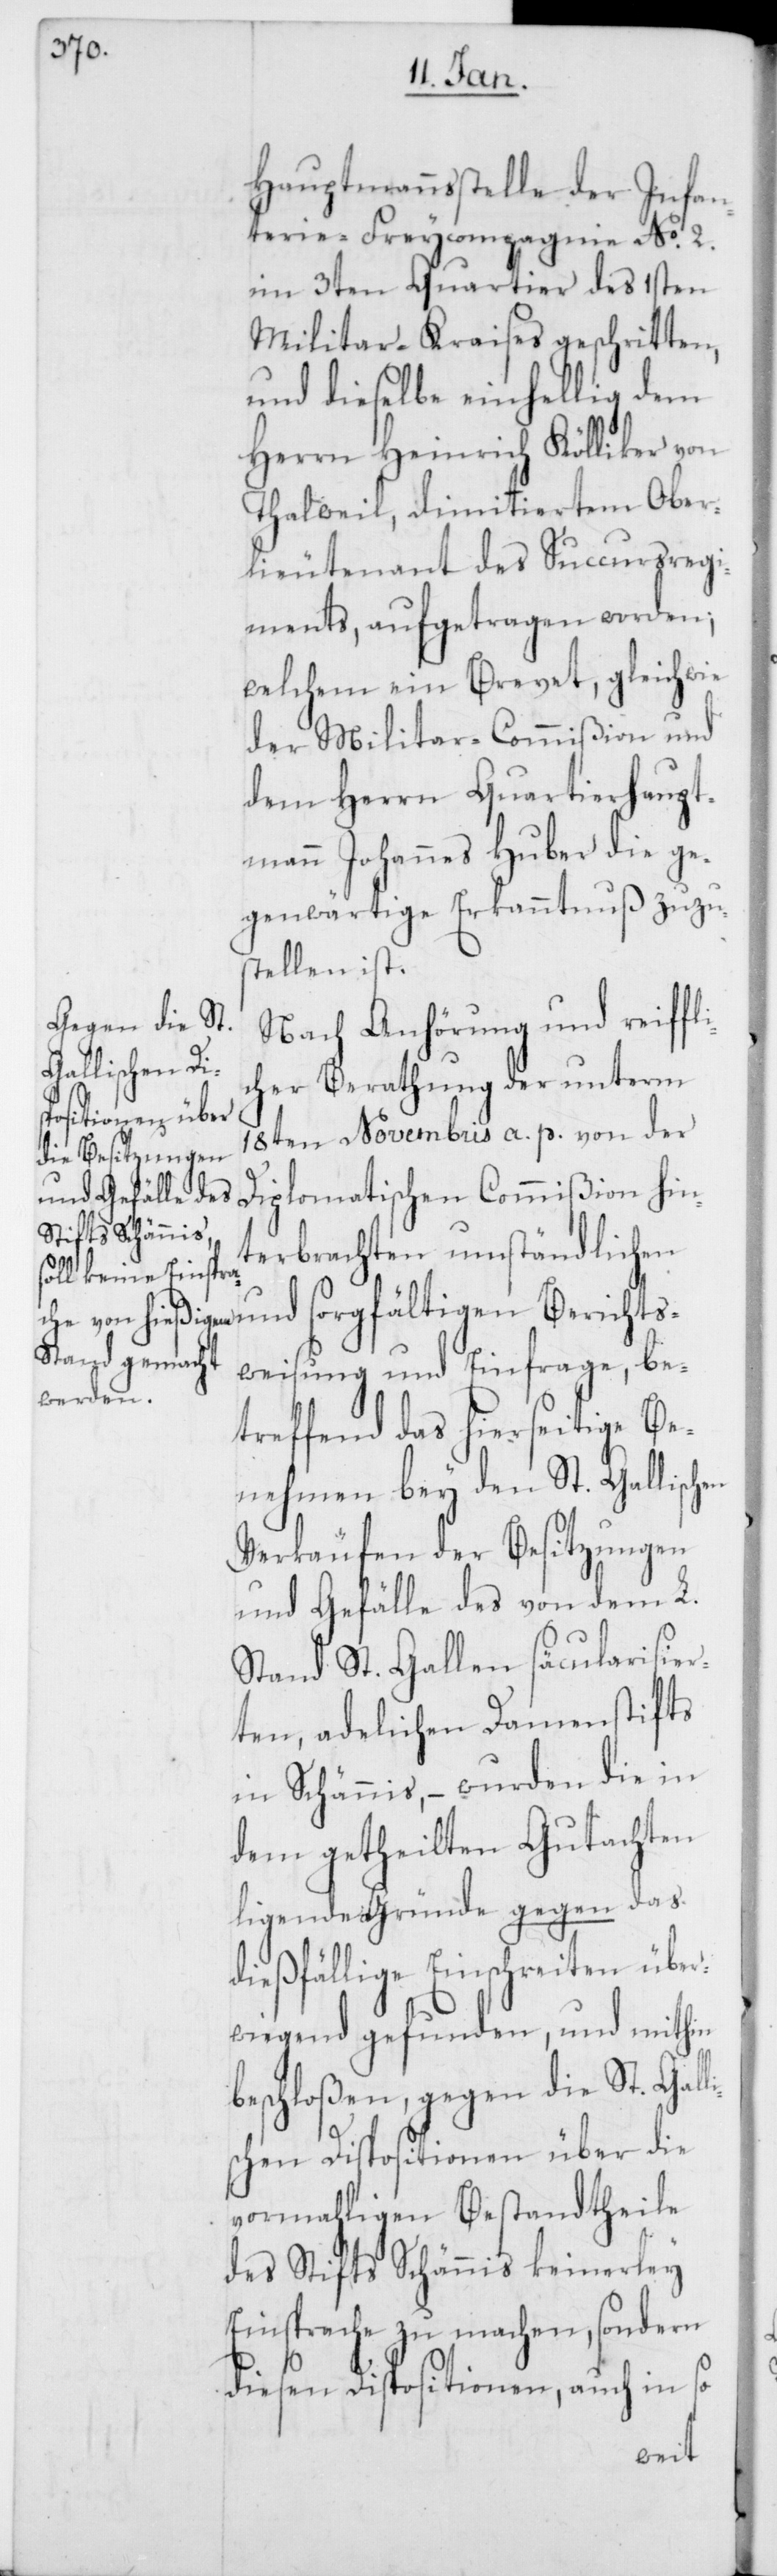
Hauptmannsstelle der Infan¬
terie Freycompagnie No. 2.
im 3ten Quartier des 1sten
Militar-Kraises geschritten,
und dieselbe einhellig dem
Herrn Heinrich Kölliker von
Thalweil, dimitiertem Ober¬
lieutenant des Succursregi¬
ments, aufgetragen worden;
welchem ein Brevet, gleichwie
der Militar-Commißion und
dem Herrn Quartierhaupt¬
mann Johannes Huber die ge¬
genwärtige Erkanntnuß zuzu¬
stellen ist.
Nach Anhörung und reiffli¬
cher Berathung der unterm
18ten Novembris a. p. von der
Diplomatischen Commißion hin¬
terbrachten umständlichen
weisung und Einfrage, be¬
treffend das hierseitige Be¬
nehmen bey den St. Gallischen
Verkäufen der Besitzungen
und Gefälle des von dem L.
Stand St. Gallen säcularisier¬
ten, adelichen Damenstifts
in Schännis, – wurden die in
dem getheilten Gutachten
ligenden Gründen gegen das
dießfällige Einschreiten über¬
wiegend gefunden, und mithin
beschloßen, gegen die St. Gall¬
chen Dispositionen über die
vormahligen Bestandtheile
des Stifts Schännis keinerley
Einsprache zu machen, sondern
diesen Dispositionen, auch in so
is¬